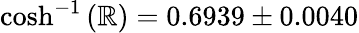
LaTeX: {\cosh^{-1}{(\mathbb{R})}}=0.6939\pm0.0040